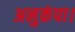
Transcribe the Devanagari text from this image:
अनुकंपा।